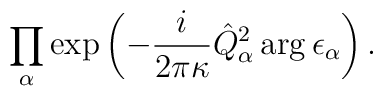
\prod_\alpha \exp\left(-\frac{i}{2\pi\kappa}\hat Q^2_\alpha\arg\epsilon_\alpha\right).